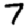
Digit: 7